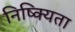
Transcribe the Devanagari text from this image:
निष्क्यिता